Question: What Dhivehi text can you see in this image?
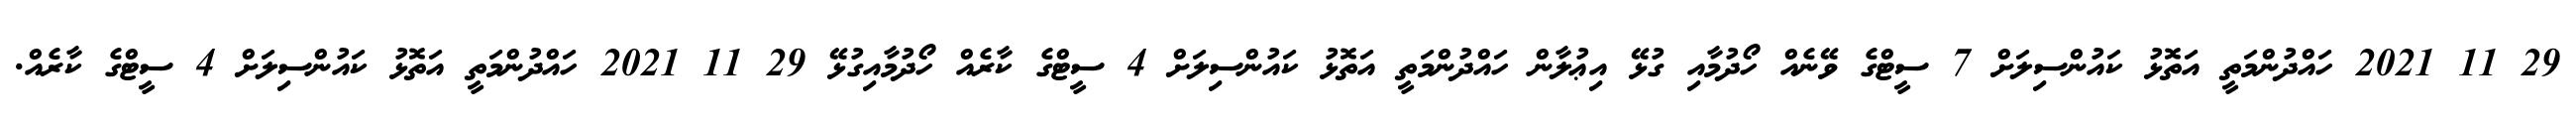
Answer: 29 11 2021 ހައްދުންމަތީ އަތޮޅު ކައުންސިލަށް 7 ސީޓްގެ ވޭނެއް ހޯދުމާއި ގުޅޭ އިޢުލާން ހައްދުންމަތީ އަތޮޅު ކައުންސިލަށް 4 ސީޓްގެ ކާރެއް ހޯދުމާއިގުޅޭ 29 11 2021 ހައްދުންމަތީ އަތޮޅު ކައުންސިލަށް 4 ސީޓްގެ ކާރެއް.